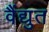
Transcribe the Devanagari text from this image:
वैंद्युत